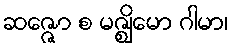
ဆဇ္ဇော စ မဇ္ဈိမော ဂါမာ၊